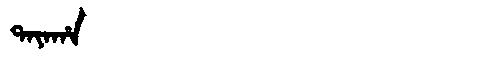
Manchu: ᡨᠠᠶᠠᡥᠠ
Romanization: TAYAHA